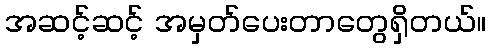
အဆင့်ဆင့် အမှတ်ပေးတာတွေရှိတယ်။